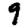
Digit: 9